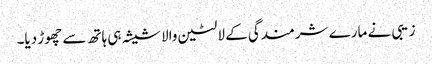
زیبی نے مارے شرمندگی کے لالٹین والا شیشہ ہی ہاتھ سے چھوڑ دیا۔